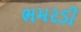
ભમરડી